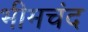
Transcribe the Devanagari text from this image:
भीमचंद